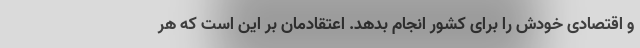
و اقتصادی خودش را برای کشور انجام بدهد. اعتقادمان بر این است که هر